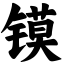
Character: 镆